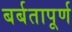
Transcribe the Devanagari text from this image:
बर्बतापूर्ण